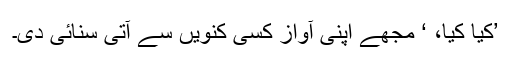
’کیا کیا، ‘ مجھے اپنی آواز کسی کنویں سے آتی سنائی دی۔